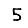
Digit: 5